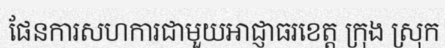
ផែនការសហការជាមួយអាជ្ញាធរខេត្ត ក្រុង ស្រុក